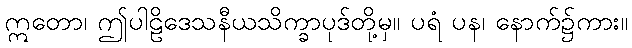
ဣတော၊ ဤပါဠိဒေသနီယသိက္ခာပုဒ်တို့မှ။ ပရံ ပန၊ နောက်၌ကား။